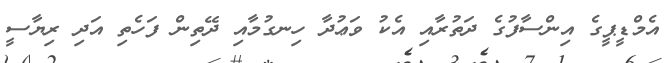
އެމްޑީޕީގެ އިންސާފުގެ ދަތުރާއި އެކު ވަޢުދާ ހިނގުމާއި ދޭތިން ފަހެތި އަދި ރިޔާސީ